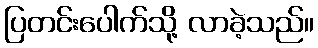
ပြတင်းပေါက်သို့ လာခဲ့သည်။